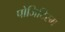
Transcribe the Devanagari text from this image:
पोजिटिस्म